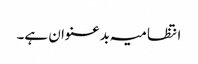
انتظامیہ بدعنوان ہے۔